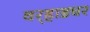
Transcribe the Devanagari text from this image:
वर्‍हाडघर